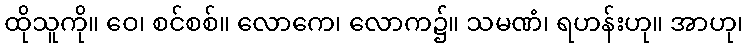
ထိုသူကို။ ဝေ၊ စင်စစ်။ လောကေ၊ လောက၌။ သမဏံ၊ ရဟန်းဟု။ အာဟု၊